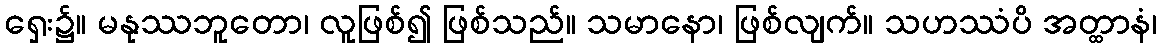
ရှေး၌။ မနုဿဘူတော၊ လူဖြစ်၍ ဖြစ်သည်။ သမာနော၊ ဖြစ်လျက်။ သဟဿံပိ အတ္ထာနံ၊